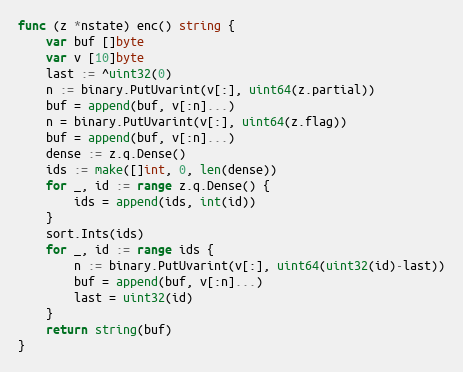
Language: Go
func (z *nstate) enc() string {
	var buf []byte
	var v [10]byte
	last := ^uint32(0)
	n := binary.PutUvarint(v[:], uint64(z.partial))
	buf = append(buf, v[:n]...)
	n = binary.PutUvarint(v[:], uint64(z.flag))
	buf = append(buf, v[:n]...)
	dense := z.q.Dense()
	ids := make([]int, 0, len(dense))
	for _, id := range z.q.Dense() {
		ids = append(ids, int(id))
	}
	sort.Ints(ids)
	for _, id := range ids {
		n := binary.PutUvarint(v[:], uint64(uint32(id)-last))
		buf = append(buf, v[:n]...)
		last = uint32(id)
	}
	return string(buf)
}